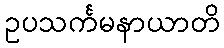
ဥပသင်္ကမနာယာတိ